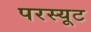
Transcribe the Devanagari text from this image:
परस्यूट